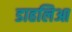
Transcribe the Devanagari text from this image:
डाहलिआ